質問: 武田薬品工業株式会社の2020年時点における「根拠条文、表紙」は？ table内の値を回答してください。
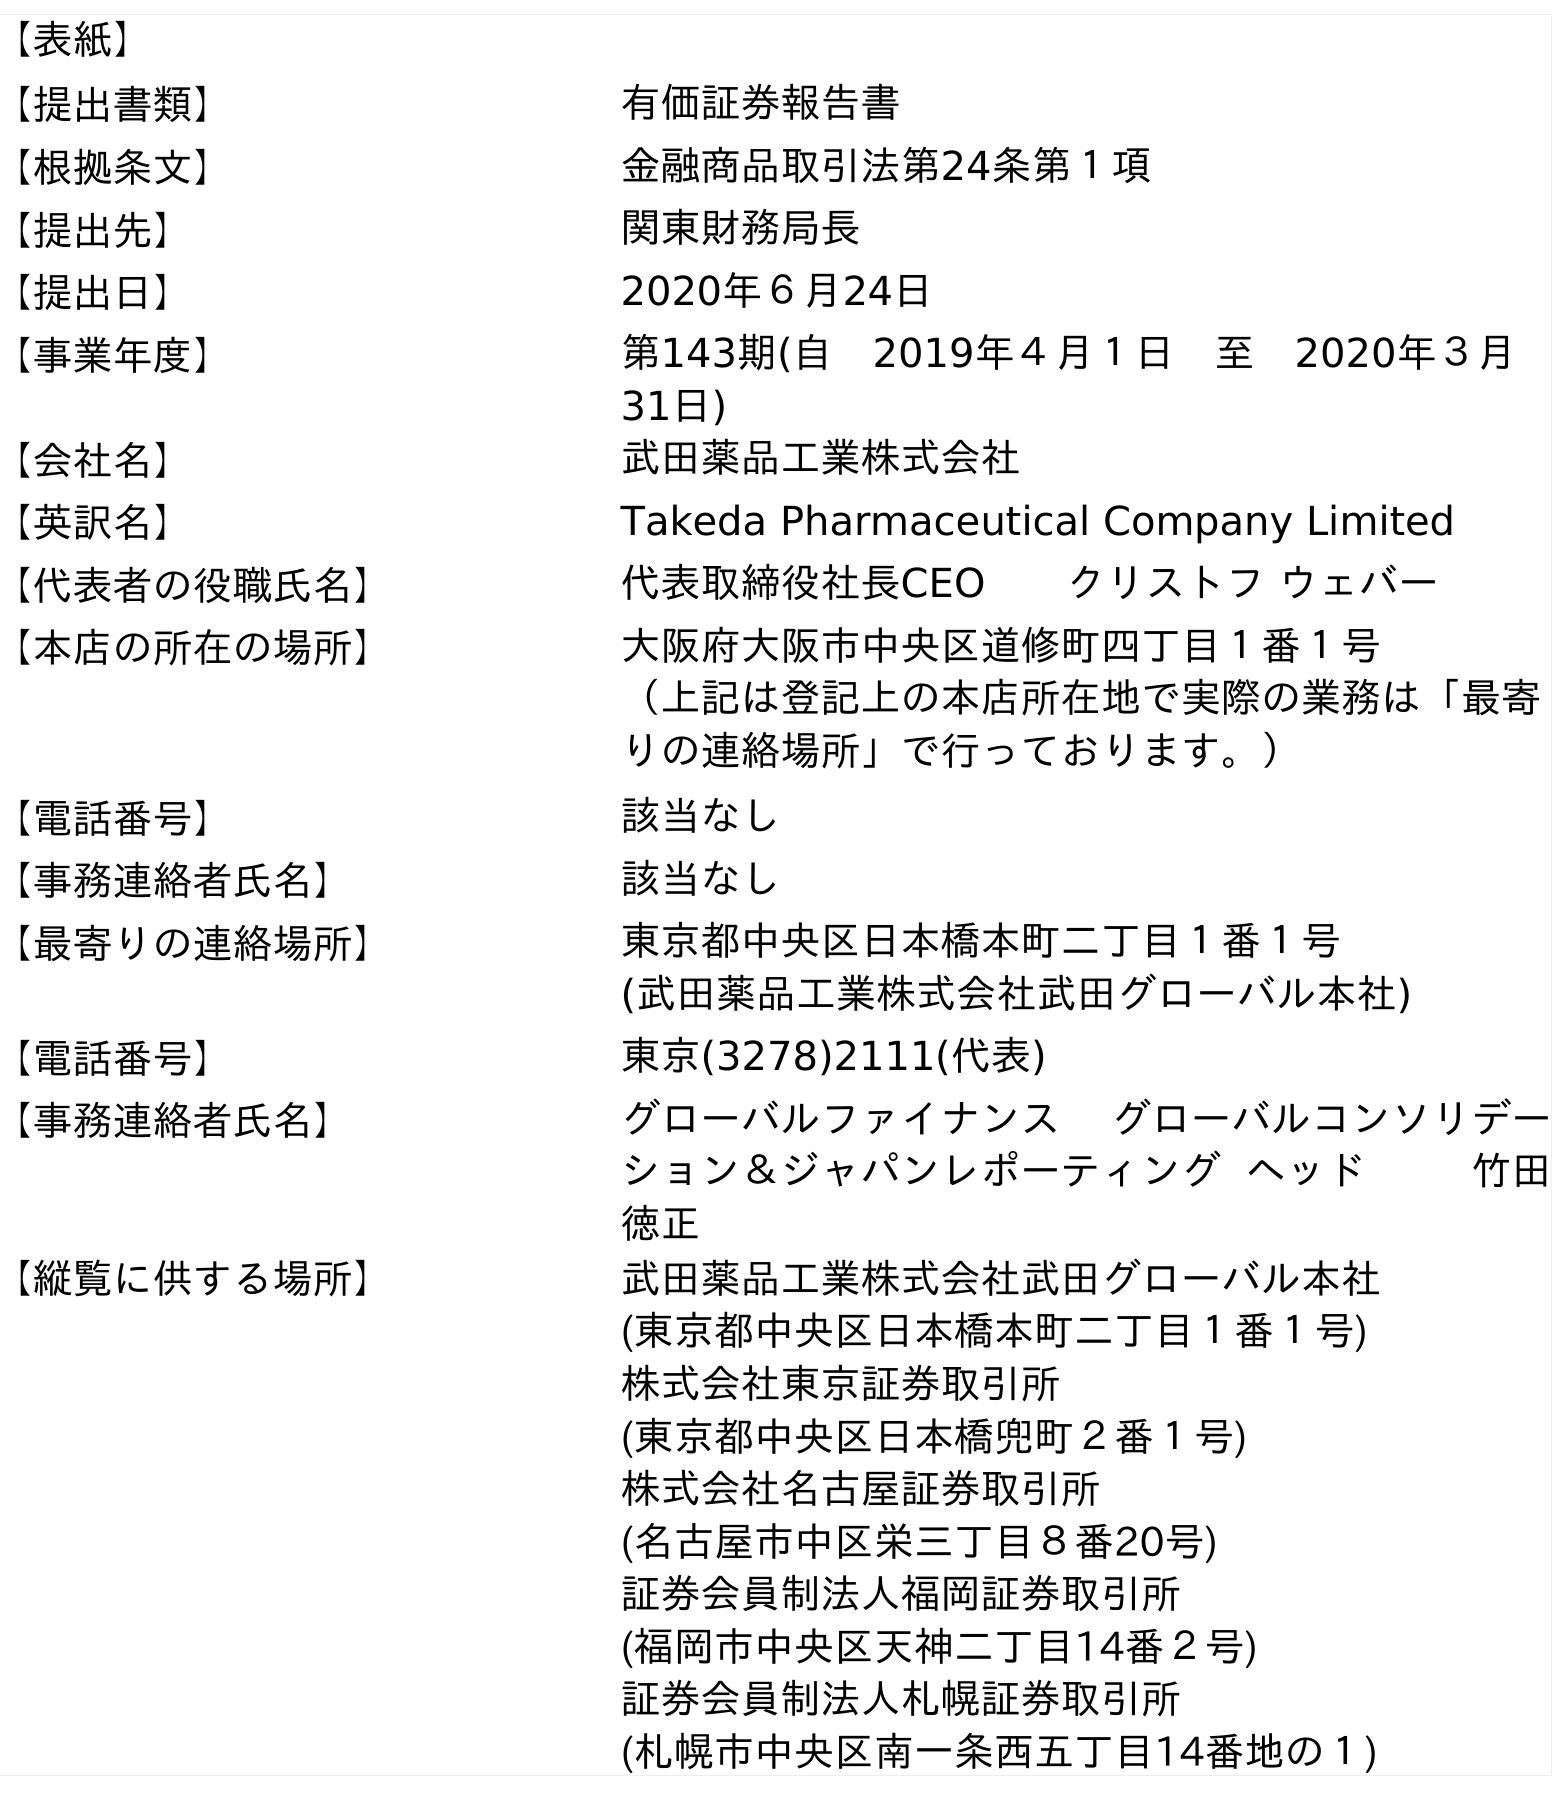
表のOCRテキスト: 【表紙】 【提出書類】 有価証券報告書 【根拠条文】 金融商品取引法第24条第１項 【提出先】 関東財務局長 【提出日】 2020年６月24日 【事業年度】 第143期(自 2019年４月１日 至 2020年３月 31日) 【会社名】 武田薬品工業株式会社 【英訳名】 Takeda Pharmaceutical Company Limited 【代表者の役職氏名】 代表取締役社長CEO  クリストフ ウェバー 【本店の所在の場所】 大阪府大阪市中央区道修町四丁目１番１号 （上記は登記上の本店所在地で実際の業務は「最寄 りの連絡場所」で行っております。） 【電話番号】 該当なし 【事務連絡者氏名】 該当なし 【最寄りの連絡場所】 東京都中央区日本橋本町二丁目１番１号 (武田薬品工業株式会社武田グローバル本社) 【電話番号】 東京(3278)2111(代表) 【事務連絡者氏名】 グローバルファイナンス グローバルコンソリデー ション＆ジャパンレポーティング ヘッド    竹田 徳正 【縦覧に供する場所】 武田薬品工業株式会社武田グローバル本社 (東京都中央区日本橋本町二丁目１番１号) 株式会社東京証券取引所 (東京都中央区日本橋兜町２番１号) 株式会社名古屋証券取引所 (名古屋市中区栄三丁目８番20号) 証券会員制法人福岡証券取引所 (福岡市中央区天神二丁目14番２号) 証券会員制法人札幌証券取引所 (札幌市中央区南一条西五丁目14番地の１)
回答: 金融商品取引法第24条第１項